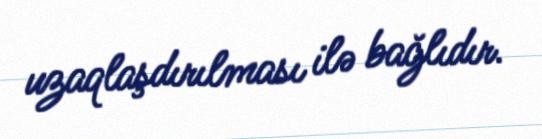
uzaqlaşdırılması ilə bağlıdır.